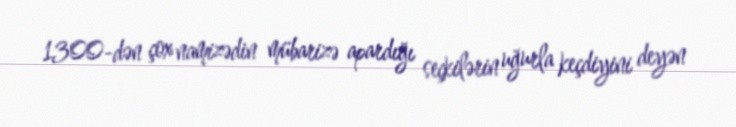
1300-dən çox namizədin mübarizə apardığı seçkilərin uğurla keçdiyini deyən